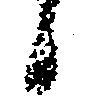
候